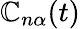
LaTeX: \mathbb{C}_{n\alpha}(t)